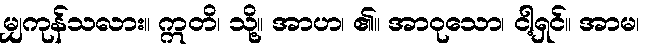
မျှကုန်သလား။ ဣတိ၊ သို့။ အာဟ၊ ၏။ အာဝုသော၊ ငါ့ရှင်။ အာမ၊